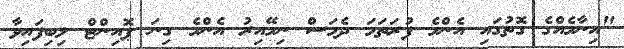
"އިނާމެެއްގެ ގޮތުގައި އެންމެ ފުރަތަމަ ދެމަސް ނިމޭއިރު އެންމެ ގިނަ ޕޮއިންޓް ލިބިފައިވާ